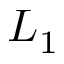
L _ { 1 }